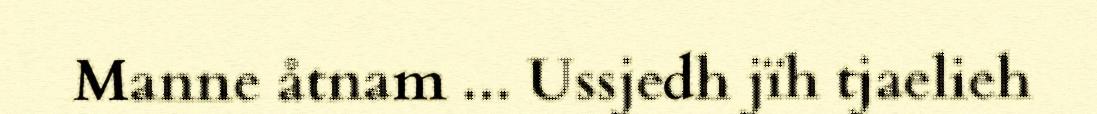
Manne åtnam ... Ussjedh jïh tjaelieh